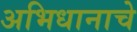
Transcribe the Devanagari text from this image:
अभिधानाचे